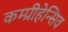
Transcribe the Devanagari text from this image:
कम्प्रीहेन्सिव